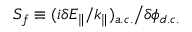
S _ { f } \equiv ( i \delta E _ { \parallel } / k _ { \parallel } ) _ { a . c . } \big / \delta \phi _ { d . c . }